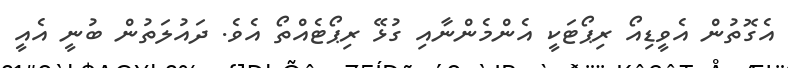
އެގޮތުން އެވީޑިއޯ ރިޕޯޓަކީ އެންމެންނާއި ގުޅޭ ރިޕޯޓެއްތޯ އެވެ. ދައުލަތުން ބުނީ އެއީ